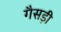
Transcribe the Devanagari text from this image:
गैसड़ी